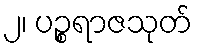
၂၊ ပဉ္စရာဇသုတ်